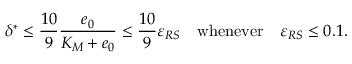
\delta ^ { * } \leq \frac { 1 0 } { 9 } \frac { e _ { 0 } } { K _ { M } + e _ { 0 } } \leq \frac { 1 0 } { 9 } \varepsilon _ { R S } \quad \mathrm { w h e n e v e r } \quad \varepsilon _ { R S } \leq 0 . 1 .